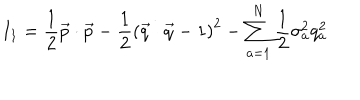
LaTeX: I _ { 1 } = \frac { 1 } { 2 } \vec { p } \cdot \vec { p } - \frac { 1 } { 2 } \left( \vec { q } \cdot \vec { q } - 1 \right) ^ { 2 } - \sum _ { a = 1 } ^ { N } \frac { 1 } { 2 } \sigma _ { a } ^ { 2 } q _ { a } ^ { 2 }